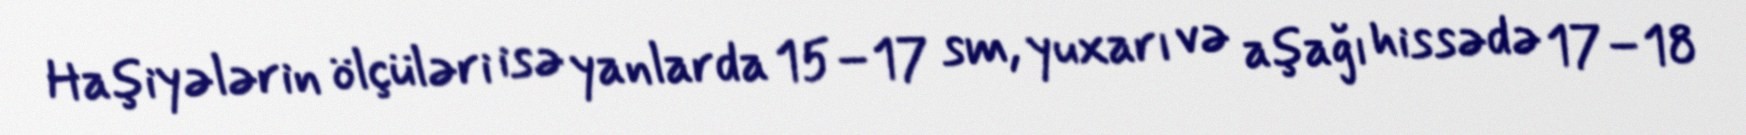
Haşiyələrin ölçüləri isə yanlarda 15–17 sm, yuxarı və aşağı hissədə 17–18